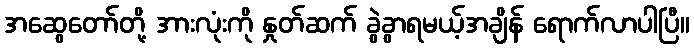
အဆွေတော်တို့ အားလုံးကို နှုတ်ဆက် ခွဲခွာရမယ့်အချိန် ရောက်လာပါပြီ။